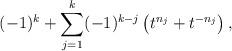
LaTeX: \begin{align*}(-1)^k + \sum_{j = 1}^k (-1)^{k - j}\left(t^{n_j} + t^{-n_j}\right),\end{align*}